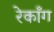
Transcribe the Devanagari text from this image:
रेकाँग